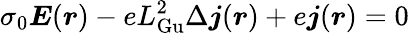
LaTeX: \sigma_{0}{\boldsymbol E}({\boldsymbol r})-eL_{\mathrm{Gu}}^{2}\Delta{\boldsymbol j}({\boldsymbol r})+e{\boldsymbol j}({\boldsymbol r})=0